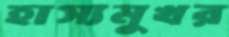
হাস্যমুখর